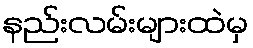
နည်းလမ်းများထဲမှ